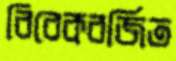
বিবেকবর্জিত